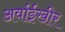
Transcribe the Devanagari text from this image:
अर्वाईखीर